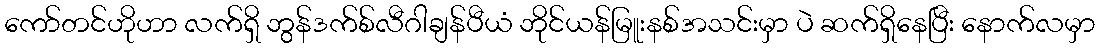
ကော်တင်ဟိုဟာ လက်ရှိ ဘွန်ဒက်စ်လီဂါချန်ပီယံ ဘိုင်ယန်မြူးနစ်အသင်းမှာ ပဲ ဆက်ရှိနေပြီး နောက်လမှာ